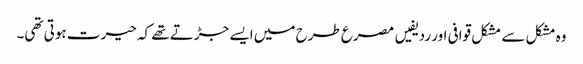
وہ مشکل سے مشکل قوافی اور ردیفیں مصرع طرح میں ایسے جڑتے تھے کہ حیرت ہوتی تھی۔